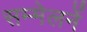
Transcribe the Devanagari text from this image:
सम्मेलनें